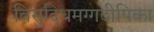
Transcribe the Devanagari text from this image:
विसुद्धिमग्गदीपिका